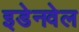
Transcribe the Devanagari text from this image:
इडेनवेल